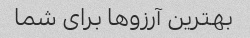
بهترین آرزوها برای شما